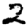
Digit: 2